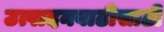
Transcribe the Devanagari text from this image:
उत्पादनवाढीसाठी